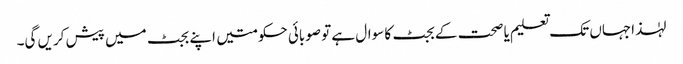
لہٰذاجہاں تک تعلیم یا صحت کے بجٹ کا سوال ہے تو صوبائی حکومتیں اپنے بجٹ میں پیش کریں گی۔